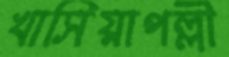
খাসিয়াপল্লী